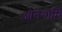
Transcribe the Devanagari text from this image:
ओतेगामि